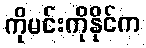
ကိုမင်းကိုနိုင်က